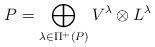
LaTeX: \begin{align*}P = \bigoplus_{\lambda \in \Pi^{+}(P)} V^{\lambda} \otimes L^{\lambda}\end{align*}